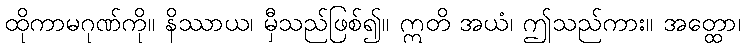
ထိုကာမဂုဏ်ကို။ နိဿာယ၊ မှီသည်ဖြစ်၍။ ဣတိ အယံ၊ ဤသည်ကား။ အတ္ထော၊